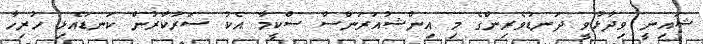
ޝައިނީ ވިދާޅުވީ ދަނޑުވެރިންގެ މި އިންޝުއަރަންސް ސްކީމާ އެކު ސަރުކާރުން ކަނޑައެޅި ހުރިހާ